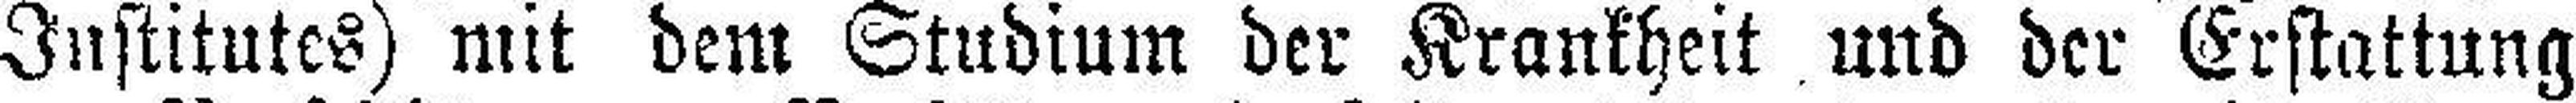
Institutes) mit dem Studium der Krankheit und der Erstattung